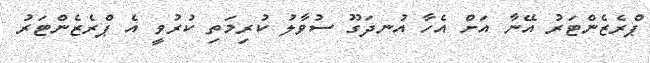
ޕްރެޒެންޓަރު އޭނާ އަށް އެހާ އުނދަގޫ ސުވާލު ކުރިމަތި ކުރުވީ އެ ޕްރެޒެންޓަރު